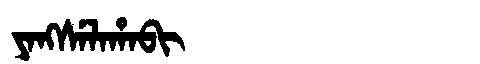
Manchu: ᠶᠠᠩᠰᡝᠯᠠᡥᠠᠪᡳ
Romanization: YANGSELAHABI